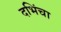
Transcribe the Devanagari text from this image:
दभिंचा